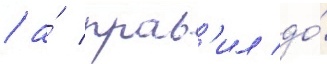
/ а́ прав'ил до́